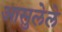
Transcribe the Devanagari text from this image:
आसुलेले